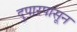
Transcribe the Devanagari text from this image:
दुपारपासून